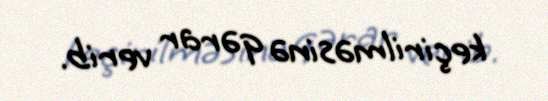
keçirilməsinə qərar verib.